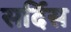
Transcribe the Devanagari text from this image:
सर्दिस